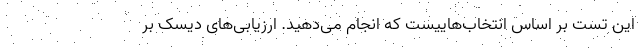
این تست بر اساس انتخاب‌هاییست که انجام می‌دهید. ارزیابی‌های دیسک بر